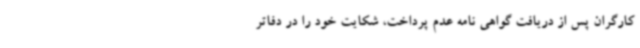
کارگران پس از دریافت گواهی نامه عدم پرداخت، شکایت خود را در دفاتر